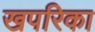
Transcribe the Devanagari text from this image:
खपरिका